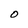
Character: 0